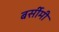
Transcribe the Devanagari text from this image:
बर्सीमी